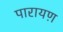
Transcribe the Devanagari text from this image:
पारायण़